Lunatic asylums Bombay report 1878-1890 - 1878-1890
Year: 1878
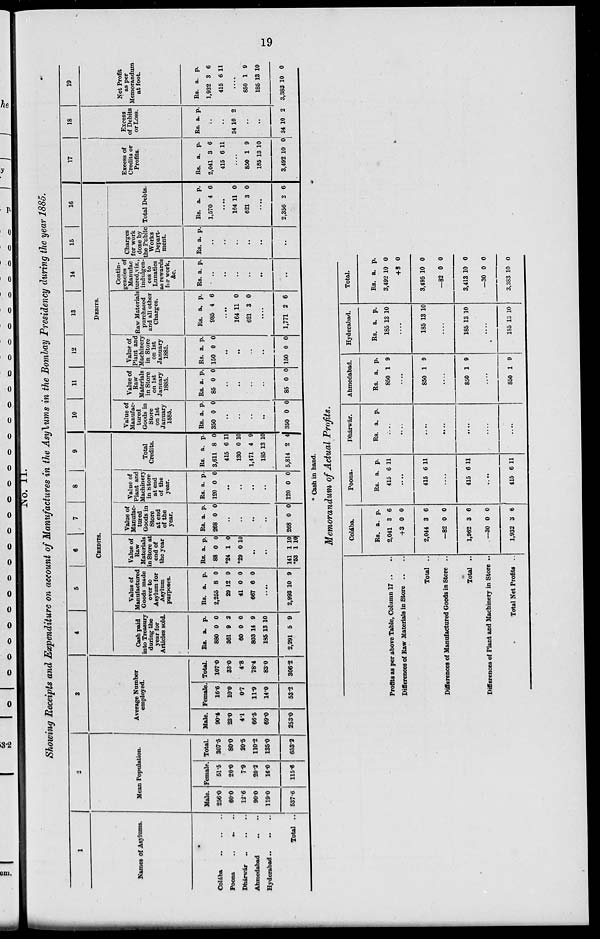
19
NO. 11.
Showing Receipts and Expenditure on account of Manufactures in the Asylums in the Bombay Presidency during the year 1885.
1
Names of Asylums.
Colába .. .. ..
Poona .. .. ..
Dhárwár .. .. ..
Ahmedabad .. .. ..
Hyderabad .. .. ..
Total ..
2
Mean Population.
Male.
256.0
60.0
12.6
90.0
119.0
537.6
Female.
51.5
20.0
7.9
20.2
16.0
115.6
Total.
307.5
80.0
20.5
110.2
135.0
653.2
3
Average Number
employed.
Male.
90.4
23.0
4.1
66.5
69.0
253.0
Female.
16.6
10.0
0.7
11.9
14.0
53.2
Total.
107.0
33.0
4.8
78.4
83.0
306.2
4
5
6
7
8
9
CREDIT.
Cash paid
into Treasury
during the
year for
Articles sold.
Rs.
880
361
60
803
185
2,291
a.
0
9
0
14
13
5
p.
0
2
0
9
10
9
Value of
Manufactured
Goods made
over to
Asylum for
Asylum
purposes.
Rs.
2,255
29
41
667
a.
8
12
0
6
p.
0
9
0
0
..
2,993 10 9
Value of
Raw
Materials
in Store at
end of
the year
Rs.
88
*24
*29
a.
0
1
0
p.
0
0
10
..
..
141
*53
1
1
10
10
Value of
Manufac-
tured
Goods in
Store
at end
of the
year.
Rs.
268
a.
0
p.
0
..
..
..
..
268 0 0
Value of
Plant and
Machinery
in store
at end
of the
year.
Rs.
120
a.
0
p.
0
..
..
..
..
120 0 0
Total
Credits.
Rs.
3,611
415
130
1,471
185
5,814
a.
8
6
0
4
13
2
p.
0
11
10
9
10 4
10
11
12
13
14
15
16
DEBITS.
Value of
Manufac-
tured
Goods in
Store
on 1st
January
1885.
Rs.
350
a.
0
p.
0
..
..
..
..
350 0 0
Value of
Raw
Materials
in Store
on 1st
January
1885.
Rs.
85
a.
0
p.
0
..
..
..
..
85 0 0
Value of
Plant and
Machinery
in Store
on 1st
January
1885.
Rs.
150
a.
0
p.
0
..
..
..
..
150 0
0
Raw Materials
purchased
and all other
Charges.
Rs.
985
a.
4
p.
6
..
164
621
11
3
0
0
..
1,771 2 6
Contin-
gencies of
Manufac
tured,viz.,
indulgen-
ces to
Lunatics
as rewards
for work,
&c.
Rs a.
p.
..
..
..
..
..
..
Charges
for work
done by
the Public
Works
Depart-
ment.
Rs. a.
p.
..
..
..
..
..
..
Total Debts.
Rs.
1,570
a.
4
p.
6
164
621
11
3
0
0
..
2,356 2 6
17
Excess of
Credits or
Profits.
Rs.
2,041
415
a.
3
6
p.
6
11
..
850
185
3,492
1
13
10
9
10
0
18
Excess
of Debits
or Loss.
Rs. a.
p.
..
..
34 10 2
..
..
34 10 2
19
Net Profit
as per
Memorandum
at foot.
Rs.
1,932
415
a.
3
6
p.
6
11
..
850
185
3,383
1
13
10
9
10
0
* Cash in hand.
Memorandum of Actual Profits.
Profits as per above Table, Column 17 .. ..
Differences of Raw Materials in Store .. ..
Total ..
Differences of Manufactured Goods in Store ..
Total ..
Differences of Plant and Machinery in Store ..
Total Net Profits ..
Colába.
RS.
2,041
+3
2,044
-82
1,962
-30
1,932
a.
3
0
3
0
3
0
3
p.
6
0
6
0
6
0
6
Poona.
Rs.
415
a.
6
p.
11
....
415 6 11
....
415 6 11
....
415 6 11
Dhárwár.
Rs. a. p.
....
....
....
....
....
....
....
Ahmedabad.
Rs.
850
a.
1
p.
9
....
850 1 9
....
850 1 9
....
850 1 9
Hyderabad.
Rs.
185
a.
13
p.
10
....
185 13 10
....
185 13 10
....
185 13 10
Total.
Rs.
3,492
3,495
-82
3,413
-30
3,383
a.
10
+3
10
0
10
0
10
p.
0
0
0
0
0
0
0